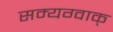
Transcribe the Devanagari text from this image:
सम्यग्वाक्